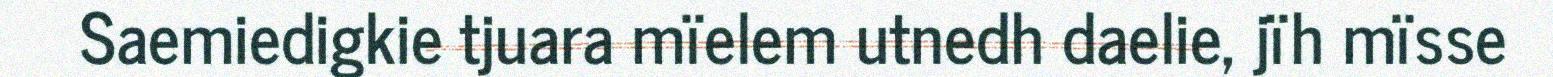
Saemiedigkie tjuara mïelem utnedh daelie, jïh mïsse